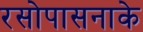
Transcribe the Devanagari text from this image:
रसोपासनाके